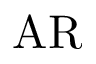
\mathrm { A R }